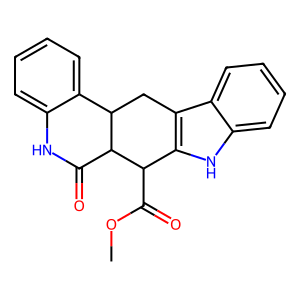
SMILES: COC(=O)C1c2[nH]c3ccccc3c2CC2c3ccccc3NC(=O)C21
Inhibits HIV replication: No